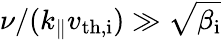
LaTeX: \nu/(k_{\parallel}v_{\mathrm{th,i}})\gg\sqrt{\beta_{\mathrm{i}}}